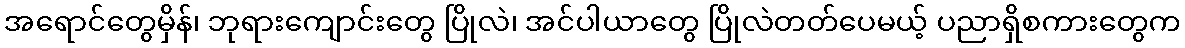
အရောင်တွေမှိန်၊ ဘုရားကျောင်းတွေ ပြိုလဲ၊ အင်ပါယာတွေ ပြိုလဲတတ်ပေမယ့် ပညာရှိစကားတွေက